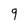
Character: 9